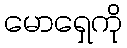
မောရှေကို